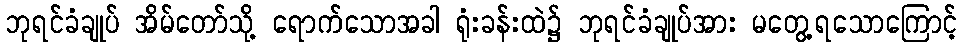
ဘုရင်ခံချုပ် အိမ်တော်သို့ ရောက်သောအခါ ရုံးခန်းထဲ၌ ဘုရင်ခံချုပ်အား မတွေ့ရသောကြောင့်